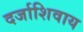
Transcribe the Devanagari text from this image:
दर्जाशिवाय